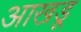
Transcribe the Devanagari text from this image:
आखडू